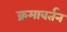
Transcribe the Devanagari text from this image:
क्रमावर्तन